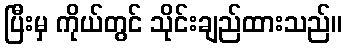
ပြီးမှ ကိုယ်တွင် သိုင်းချည်ထားသည်။